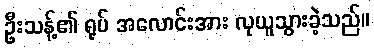
ဦးသန့်၏ ရုပ် အလောင်းအား လုယူသွားခဲ့သည်။